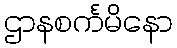
ဌာနစင်္ကမိနော